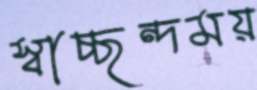
স্বাচ্ছন্দময়